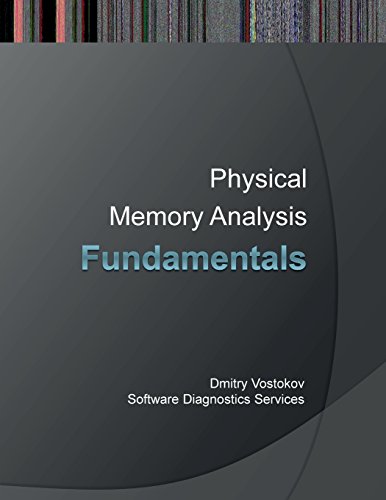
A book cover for Fundamentals of Complete Crash and Hang Memory Dump Analysis; Dmitry Vostokov; Computers & Technology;